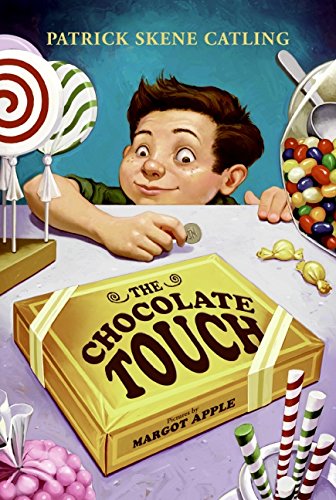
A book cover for The Chocolate Touch; Patrick Skene Catling; Reference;